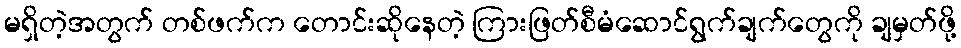
မရှိတဲ့အတွက် တစ်ဖက်က တောင်းဆိုနေတဲ့ ကြားဖြတ်စီမံဆောင်ရွက်ချက်တွေကို ချမှတ်ဖို့